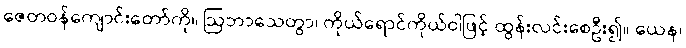
ဇေတဝန်ကျောင်းတော်ကို။ ဩဘာသေတွာ၊ ကိုယ်ရောင်ကိုယ်ဝါဖြင့် ထွန်းလင်းစေဦး၍။ ယေန၊